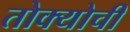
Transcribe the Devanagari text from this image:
तोक्योची